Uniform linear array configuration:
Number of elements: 4
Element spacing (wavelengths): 0.5
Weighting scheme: hamming
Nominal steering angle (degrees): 0
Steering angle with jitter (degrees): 1.31
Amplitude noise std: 0.05
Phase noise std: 0.05

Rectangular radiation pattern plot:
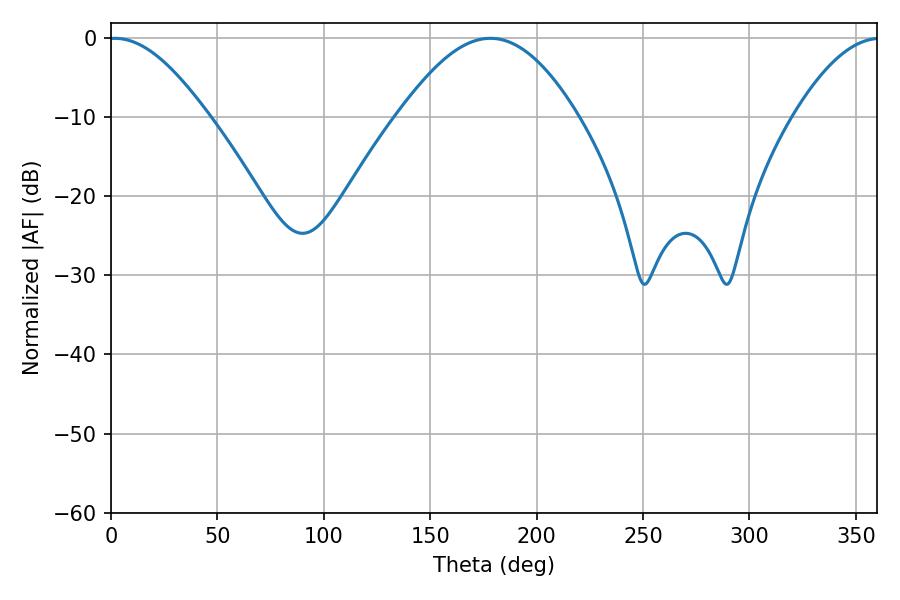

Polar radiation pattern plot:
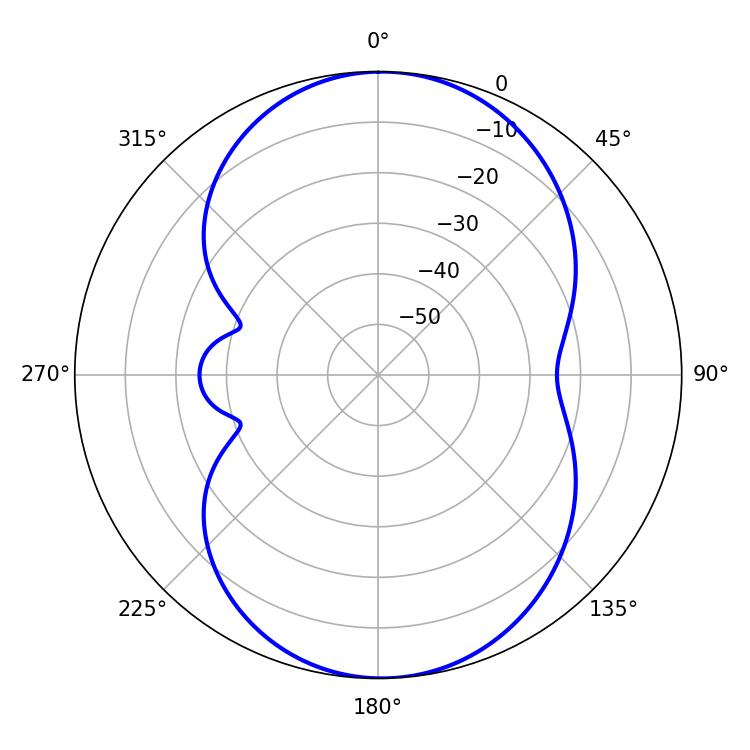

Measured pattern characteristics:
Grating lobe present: FALSE
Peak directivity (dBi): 13.896
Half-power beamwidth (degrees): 24.84
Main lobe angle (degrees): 1.8